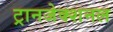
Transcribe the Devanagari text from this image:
ट्रानजेक्शनल